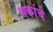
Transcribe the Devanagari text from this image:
शकांचे